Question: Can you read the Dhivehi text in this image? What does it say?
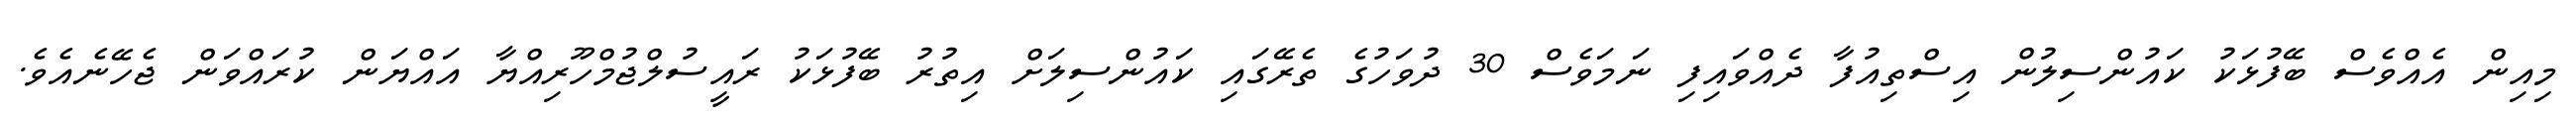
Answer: މިއިން އެއްވެސް ބޭފުޅަކު ކައުންސިލުން އިސްތިއުފާ ދެއްވައިފި ނަމަވެސް 30 ދުވަހުގެ ތެރޭގައި ކައުންސިލަށް އިތުރު ބޭފުޅަކު ރައީސުލްޖުމްހޫރިއްޔާ އައްޔަން ކުރައްވަން ޖެހޭނެއެވެ.